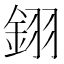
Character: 𨦫